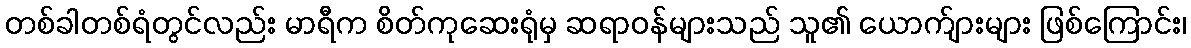
တစ်ခါတစ်ရံတွင်လည်း မာရီက စိတ်ကုဆေးရုံမှ ဆရာဝန်များသည် သူ၏ ယောက်ျားများ ဖြစ်ကြောင်း၊